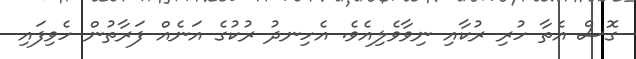
ގޮސް އެތާ ހުރި ރުކާއި ނިވާވެލިއެވެ. އެހިނދު ރުކުގެ އަނެއް ފަރާތުން ހެވިފައި